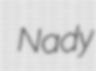
Nady